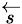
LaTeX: \scriptstyle{\overleftarrow{s}}